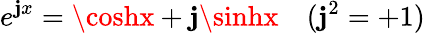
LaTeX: e^{\mathbf{j}x}=\coshx+\mathbf{j}\sinhx\quad(\mathbf{j}^{2}=+1)